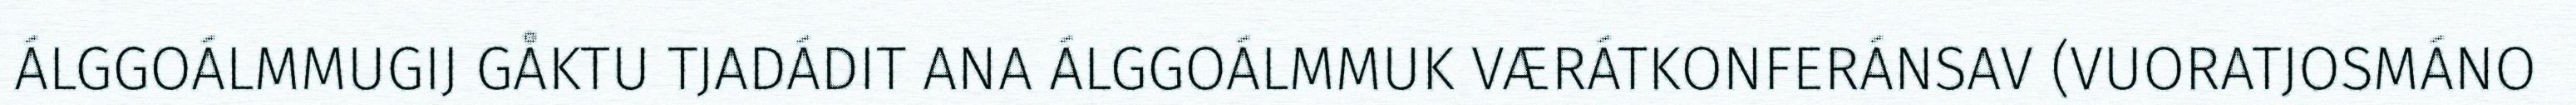
ÁLGGOÁLMMUGIJ GÅKTU TJADÁDIT ANA ÁLGGOÁLMMUK VÆRÁTKONFERÁNSAV (VUORATJOSMÁNO